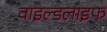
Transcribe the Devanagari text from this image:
वाइल्‍डलाइफ